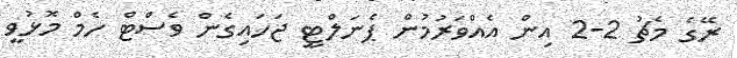
ރޭގެ މެޗު 2-2 އިން އެއްވަރުމުން ޕެނަލްޓީ ޖަހައިގެން ވެސްޓް ހެމް މޮޅުވީ